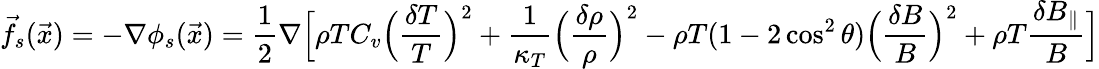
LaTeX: \vec{f}_{s}(\vec{x})=-\nabla\phi_{s}(\vec{x})=\frac{1}{2}\nabla\Big[\rho TC_{v}\Big(\frac{\delta T}{T}\Big)^{2}+\frac{1}{\kappa_{T}}\Big(\frac{\delta\rho}{\rho}\Big)^{2}-\rho T(1-2\cos^{2}\theta)\Big(\frac{\delta B}{B}\Big)^{2}+\rho T\frac{\delta B_{\| }}{B}\Big]